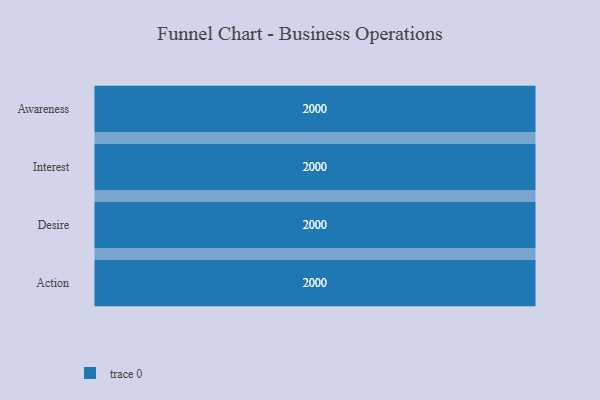
{"axis": {"x": "Stage", "y": "Value"}, "legend": [""], "data": [{"x": "Awareness", "y": 2000, "type": ""}, {"x": "Interest", "y": 2000, "type": ""}, {"x": "Desire", "y": 2000, "type": ""}, {"x": "Action", "y": 2000, "type": ""}]}